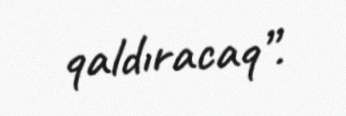
qaldıracaq”.